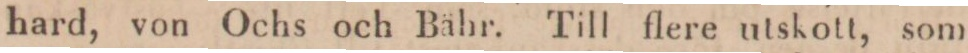
hard, von Ochs och Bähr. Till flere utskott, som